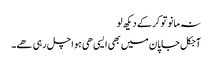
نہ مانو تو کر کے دیکھ لو
آجکل جاپان میں بھی ایسی ھی ہوا چل رہی ھے۔